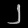
Digit: ၂